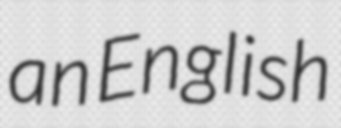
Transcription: an English